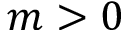
m > 0